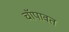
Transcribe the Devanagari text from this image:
चॉपावत